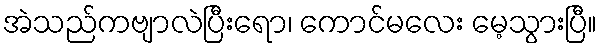
အဲသည်ကဗျာလဲပြီးရော၊ ကောင်မလေး မေ့သွားပြီ။